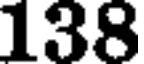
138